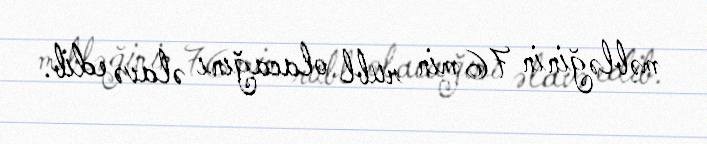
məbləğinin 76 min rubl olacağını əlavə edib.